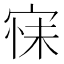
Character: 𭓺